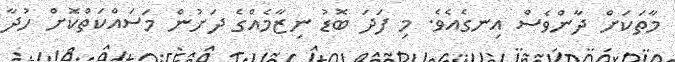
މާތަކަށް ދާންވެސް އިނގެއެވެ. މި ފަދަ ބޮޑު ނިޒާމެއްގެ ދަށުން މަސައްކަތްކޮށް ހުދާ